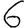
Digit: 6